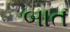
બાત